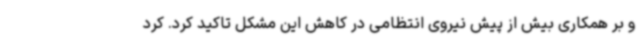
و بر همکاری بیش از پیش نیروی انتظامی در کاهش این مشکل تاکید کرد. کرد